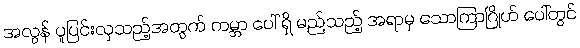
အလွန် ပူပြင်းလှသည့်အတွက် ကမ္ဘာ ပေါ် ရှိ မည်သည့် အရာမှ သောကြာဂြိုဟ် ပေါ်တွင်